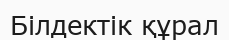
Білдектік құрал